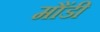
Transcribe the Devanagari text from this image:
मौंडी